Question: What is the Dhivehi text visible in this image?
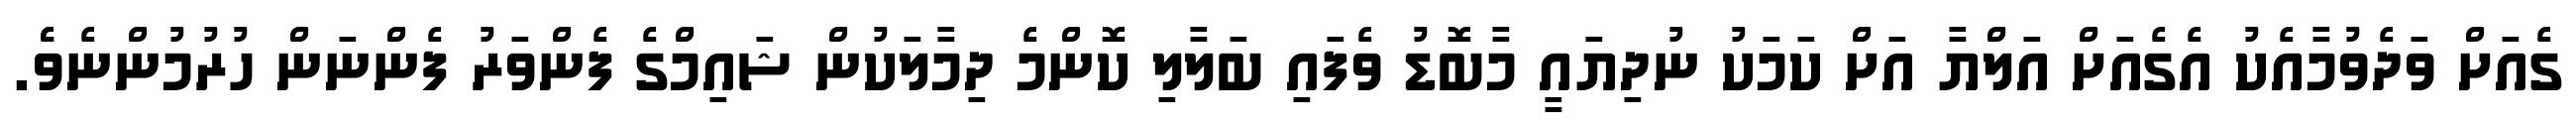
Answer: ގެއަށް ވަދެވުމާއެކު އެގެއަށް އަލްޔާ އަށް ކަމަކު ނުދިޔައީ މާބޮޑު ވެފައި ބަލާލި ކޮންމެ ދިމާލަކުން ޝައިމްގެ ފެންވަރު ފެންނަން ހުރުމުންނެވެެ.